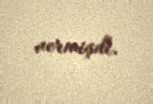
vermişdi.